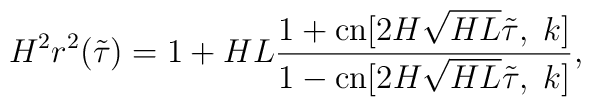
H^2r^2(\tilde{\tau})=1+HL\frac{1+\mbox{cn}[2H\sqrt{HL}\tilde{\tau},\;k]}{1-\mbox{cn}[2H\sqrt{HL}\tilde{\tau},\;k]},